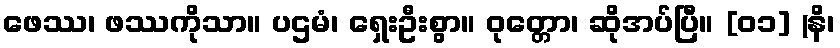
ဖေဿ၊ ဖဿကိုသာ။ ပဌမံ၊ ရှေးဦးစွာ။ ဝုတ္တော၊ ဆိုအပ်ပြီ။ [၀၁] (နိ၊